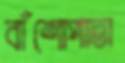
বাঁশোপাতা